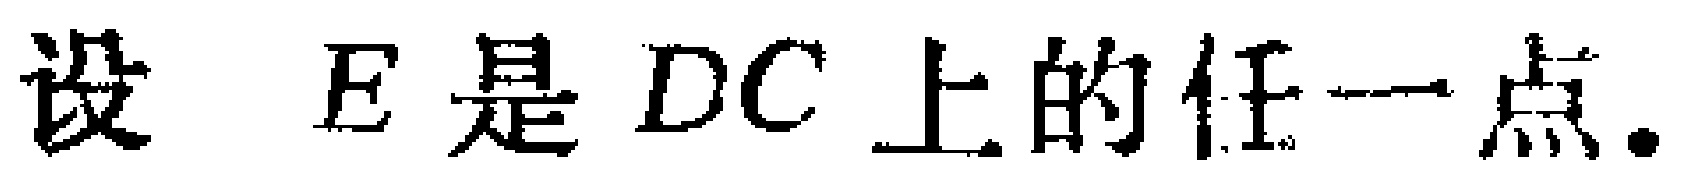
设 \(E\) 是 \(DC\) 上的任一点.